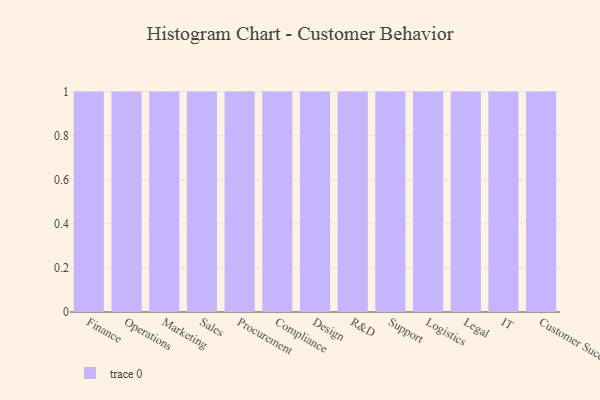
{"axis": {"x": "Department", "y": "Operating Costs (USD K)"}, "legend": [""], "data": [{"x": "Finance", "y": 48, "type": ""}, {"x": "Operations", "y": 78, "type": ""}, {"x": "Marketing", "y": 12, "type": ""}, {"x": "Sales", "y": 87, "type": ""}, {"x": "Procurement", "y": 36, "type": ""}, {"x": "Compliance", "y": 88, "type": ""}, {"x": "Design", "y": 25, "type": ""}, {"x": "R&D", "y": 40, "type": ""}, {"x": "Support", "y": 70, "type": ""}, {"x": "Logistics", "y": 49, "type": ""}, {"x": "Legal", "y": 70, "type": ""}, {"x": "IT", "y": 49, "type": ""}, {"x": "Customer Success", "y": 28, "type": ""}]}